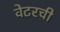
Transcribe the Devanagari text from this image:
वेटरची